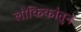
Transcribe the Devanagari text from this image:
लौकिकांतुन